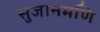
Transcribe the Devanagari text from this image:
सुजानमणि